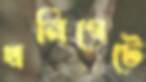
খনিগেটে